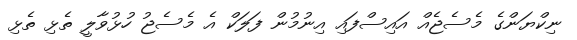
ނިކްޔަންގެ މެސެޖެއް އައިސްފައި އިނުމުން ފަލަކް އެ މެސެޖު ހުޅުވާލީ ތެޅި ތެޅި